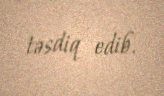
təsdiq edib.